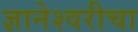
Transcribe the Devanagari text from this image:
ज्ञानेश्‍वरीचा